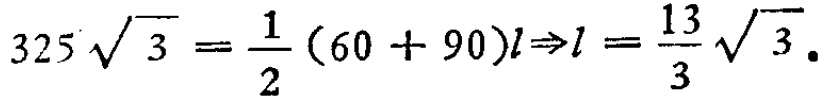
\(325\sqrt{3}=\frac{1}{2}(60 + 90)l\Rightarrow l=\frac{13}{3}\sqrt{3}.\)